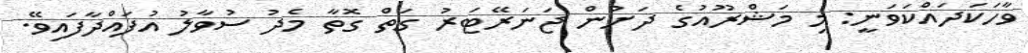
ވާހަކަދައްކަވަނީ: މި މަޝްރޫއުގެ ދަށުން ޖަނަރޭޓަރު ގަތް ގޮތާ މެދު ސުވާލު އުފައްދާފައިވޭ.